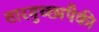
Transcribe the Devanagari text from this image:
तारगुच्छांपैकी